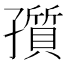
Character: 𡦫